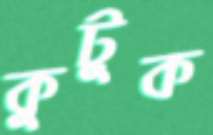
কুটুক